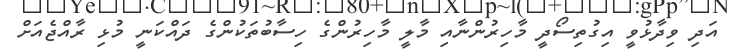
އަދި ވިދާޅުވީ އިގުތިސޯދީ މާހިރުންނާއި މާލީ މާހިރުންގެ ހިސާބުތަކުންގެ ދައްކަނީ މުޅި ރާއްޖެއަށް